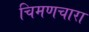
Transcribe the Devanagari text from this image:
चिमणचारा